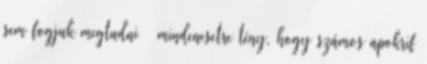
sem fogjuk megtudni – mindenesetre tény, hogy számos apokrif